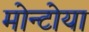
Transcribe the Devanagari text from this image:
मोन्टोया